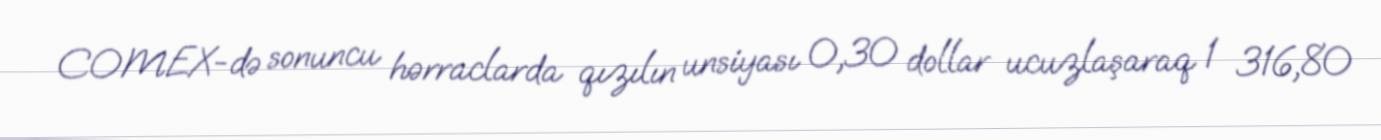
COMEX-də sonuncu hərraclarda qızılın unsiyası 0,30 dollar ucuzlaşaraq 1 316,80